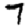
Digit: 7